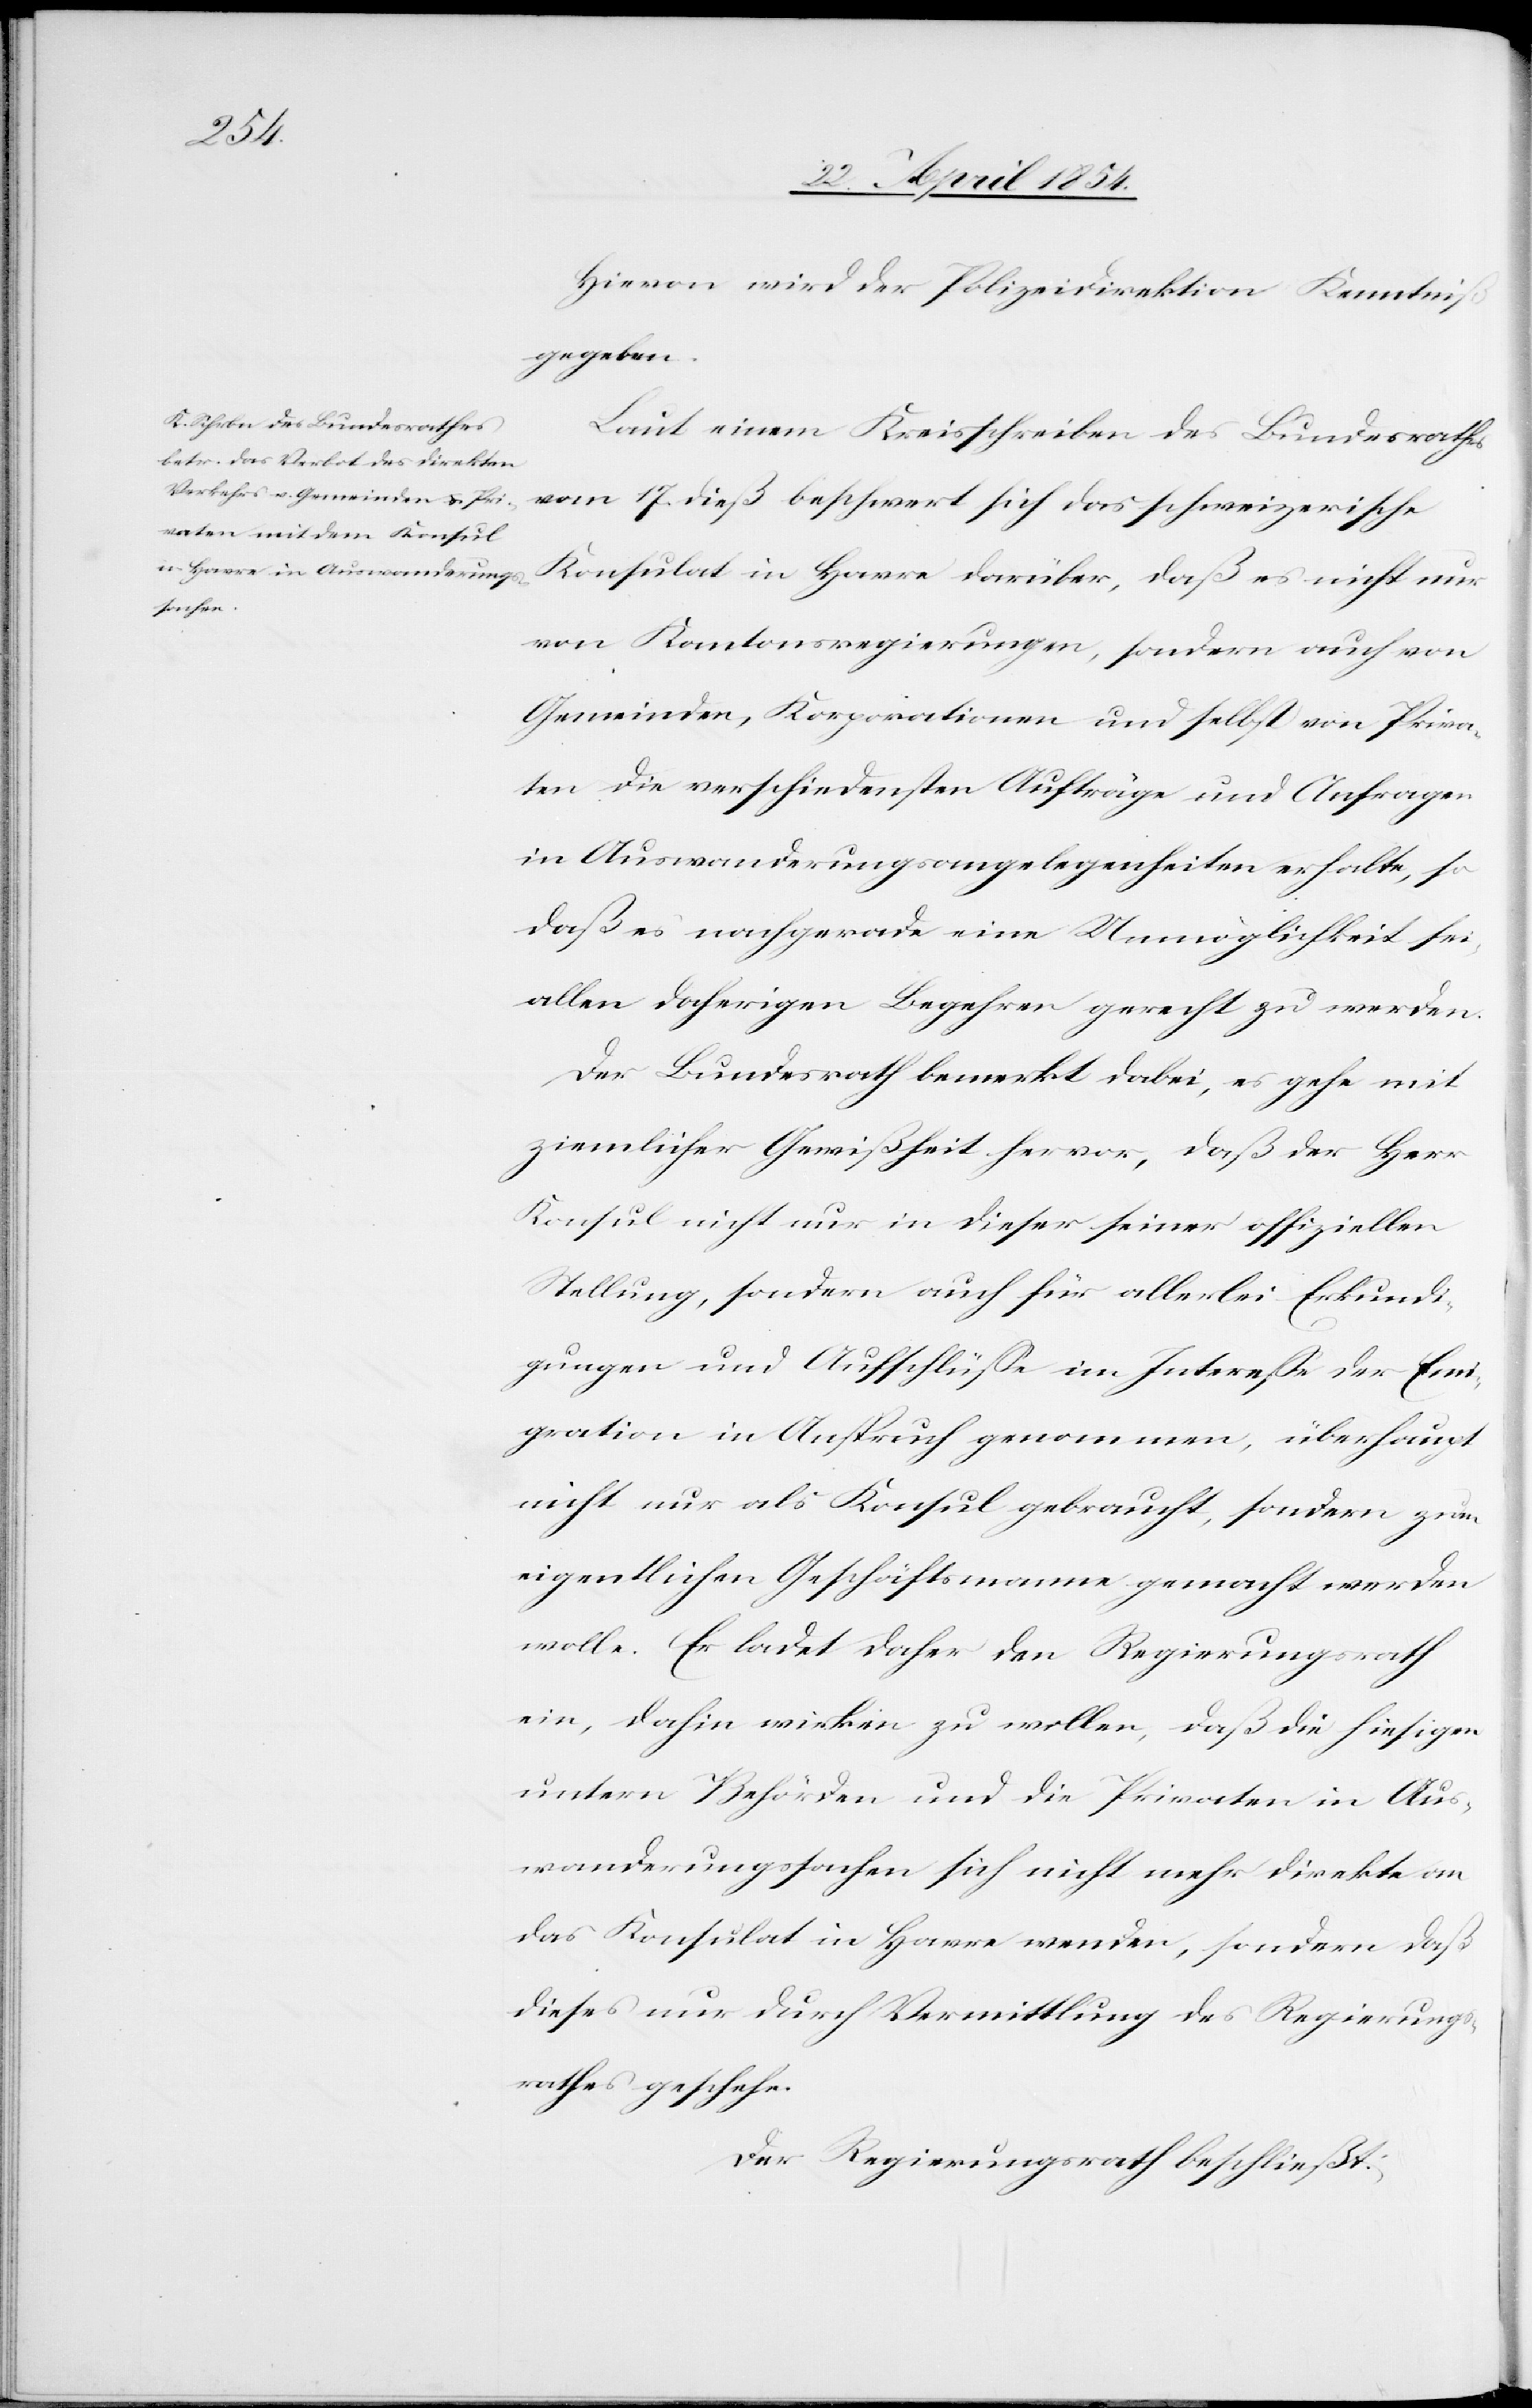
daß es
Hievon wird der Polizeidirektion Kenntniß
gegeben.
Laut einem Kreisschreiben des Bundesrathes
vom 17. dieß beschwert sich das schweizerische
von Kantonsregierungen, sondern auch von
Gemeinden, Korporationen und selbst von Priva¬
ten die verschiedensten Aufträge und Anfragen
in Auswanderungsangelegenheiten erhalte, so
daß es nachgerade eine Unmöglichkeit sei,
allen daherigen Begehren gerecht zu werden.
Der Bundesrath bemerkt dabei, es gehe mit
ziemlicher Gewißheit hervor, daß der Herr
Konsul nicht nur in dieser seiner offiziellen
Stellung, sondern auch für allerlei Erkundi¬
gungen und Aufschlüße im Intereße der Emi¬
gration in Anspruch genommen, überhaupt
nicht nur als Konsul gebraucht, sondern zum
eigentlichen Geschäftsmanne gemacht werden
wolle. Er ladet daher den Regierungsrath
ein, dahin wirken zu wollen, daß die hiesigen
untern Behörden und die Privaten in Aus¬
wanderungssachen sich nicht mehr direkte an
das Konsulat in Havre wenden, sondern daß
dieses nur durch Vermittlung des Regierungs¬
rathes geschehe.
Der Regierungsrath beschließt: